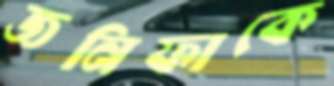
জনিফাকে